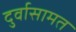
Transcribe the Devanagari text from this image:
दुर्वासामत